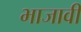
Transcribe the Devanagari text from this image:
भाजावी